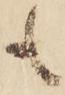
も